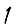
Digit: 1